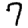
Digit: 7